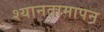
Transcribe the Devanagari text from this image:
श्यानतामापन